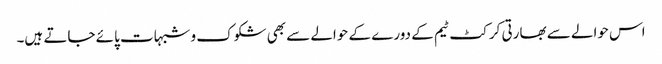
اس حوالے سے بھارتی کرکٹ ٹیم کے دورے کے حوالے سے بھی شکوک و شبہات پائے جاتے ہیں۔